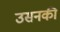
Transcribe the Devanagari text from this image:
उसनकी